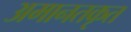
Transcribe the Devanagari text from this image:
अमानतकृत